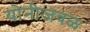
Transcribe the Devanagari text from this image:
योनीजवळ